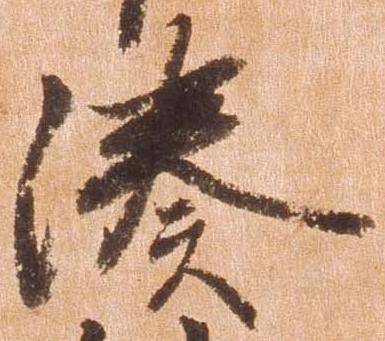
湊